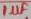
Text: 1µF